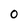
Character: 0